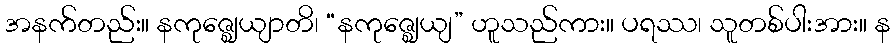
အနက်တည်း။ နကုဇ္ဈေယျာတိ၊ “နကုဇ္ဈေယျ” ဟူသည်ကား။ ပရဿ၊ သူတစ်ပါးအား။ န